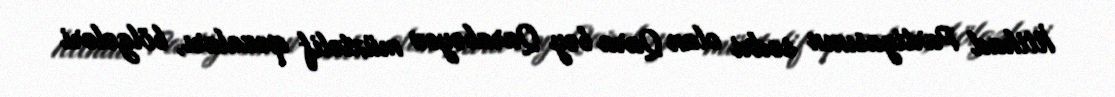
İttihad Partiyasının sədri olan Qara bəy Qarabəyov müxtəlif qəzaları, bölgələri